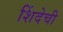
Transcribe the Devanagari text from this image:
शिंदेची